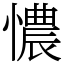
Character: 憹